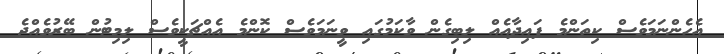
އެހެންނަމަވެސް ކިތަންމެ ފައިދާއެއް ލިބިގެން ވާކަމުގައި ވީނަމަވެސް ކޮންމެ އެެއްޗަކީވެސް ލިމިޓުން ބޭރުވެއްޖެ